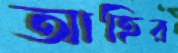
আহির